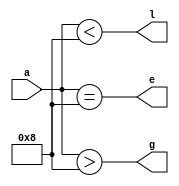
module CMP (
    input wire [15:0] a,
    output wire g,
    output wire e,
    output wire l
);
   assign g = (a > 16'd8);
   assign e = (a == 16'd8);
   assign l = (a < 16'd8); 
endmodule